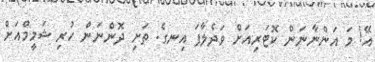
އޭ! މަ އަންނާނަން ކޮޓަރިއަށް ވަދެލާފަ އިނގެ. ތަށި ދޮންނަން ހުރި ޝަމީމްއަށް